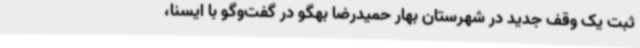
ثبت یک وقف جدید در شهرستان بهار حمیدرضا بهگو در گفت‌وگو با ایسنا،